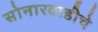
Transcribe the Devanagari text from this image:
सोनारवाडीचे